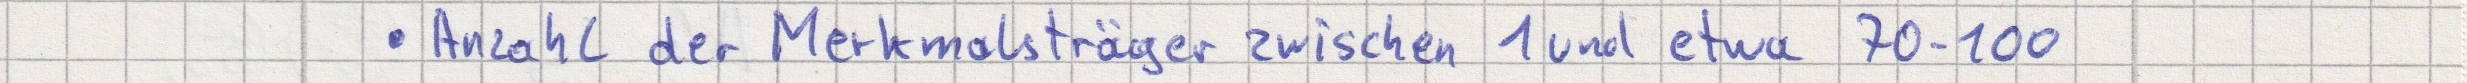
- Anzahl der Merkmalsträger zwischen 1 und etwa 70-100